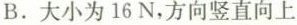
B.大小为16N，方向竖直向上